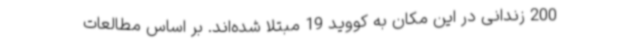
200 زندانی در این مکان به کووید 19 مبتلا شده‌اند. بر اساس مطالعات